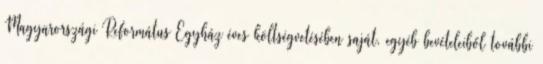
Magyarországi Református Egyház éves költségvetésében saját, egyéb bevételeiből további